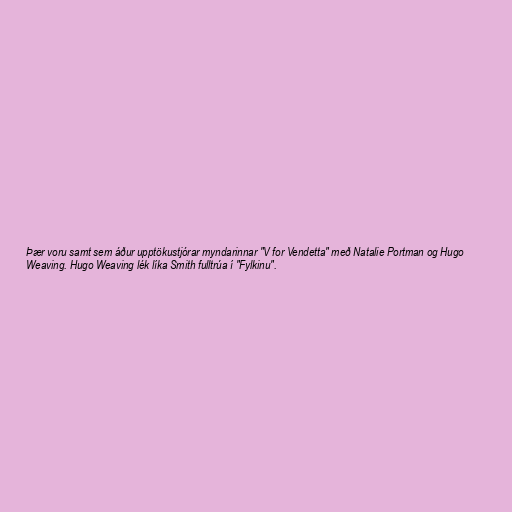
Þær voru samt sem áður upptökustjórar myndarinnar "V for Vendetta" með Natalie Portman og Hugo
Weaving. Hugo Weaving lék líka Smith fulltrúa í "Fylkinu".